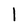
Character: I